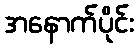
အနောက်ပိုင်း